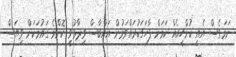
ނަމަވެސް އެއީ ކުށްހީއެއް ކަމަށް ފާހަގަކުރައްވަމުން އައްބާސް ވިދާޅުވީ ކޮންމެ ގައުމަކަށް ވިޔަސް